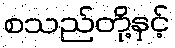
စသည်တို့နှင့်